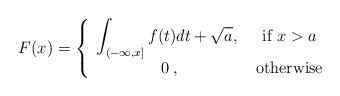
\begin{align*}F(x)=\left\{\begin{array}{cc}\displaystyle\int_{(-\infty,x]}f(t)dt + \sqrt{a},\;& \mbox{if }x> a\\0\;,&\mbox{otherwise}\end{array}\right.\end{align*}